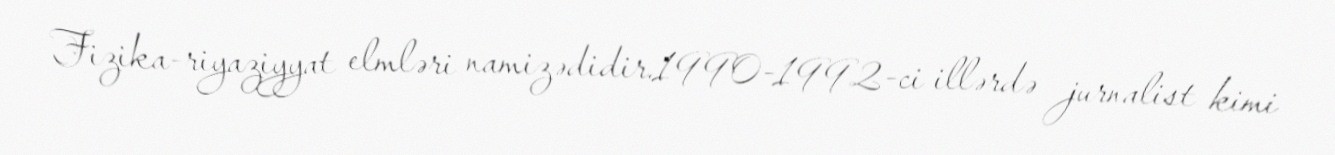
Fizika-riyaziyyat elmləri namizədidir.1990-1992-ci illərdə jurnalist kimi